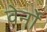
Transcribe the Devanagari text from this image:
वेर्नों